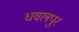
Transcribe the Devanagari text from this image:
धवलपुर